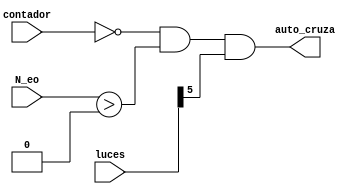
`timescale 1ns / 1ps
//////////////////////////////////////////////////////////////////////////////////
// Company: 
// Engineer: 
// 
// Design Name: 
// Module Name: cruce_eo
// Project Name: 
// Target Devices: 
// Tool Versions: 
// Description: 
// 
// Dependencies: 
// 
// Revision:
// Revision 0.01 - File Created
// Additional Comments:
// 
//////////////////////////////////////////////////////////////////////////////////


module cruce_eo(
    input [6:0] N_eo,
    input [1:0] contador,
    input [5:0] luces,
    output auto_cruza
    );
    
    wire verde_eo = luces[5];
    wire amarillo_eo = luces[4];
    wire rojo_eo = luces[3];
    
    assign auto_cruza = contador == 2'd0 & N_eo > 6'd0 & verde_eo == 1;

endmodule